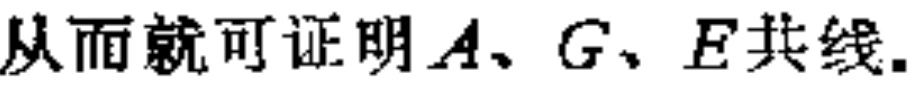
从而就可证明\(A、G、E\)共线.